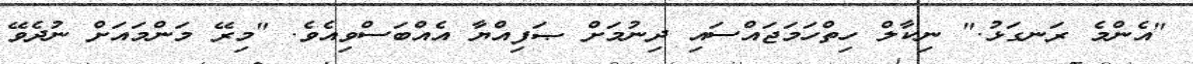
"އެންމެ ރަނގަޅު." ނިކާލް ހިތްހަމަޖައްސައި ދިނުމަށް ޞަފިއްޔާ އެއްބަސްވިއެވެ. "މިރޭ މަންމައަށް ނުދެވޭ